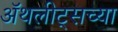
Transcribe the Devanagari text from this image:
ॲथलीट्सच्या